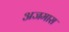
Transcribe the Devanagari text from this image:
अजमास